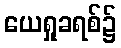
ယေရှုခရစ်၌